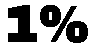
1%